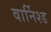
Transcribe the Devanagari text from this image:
वार्निश्ड